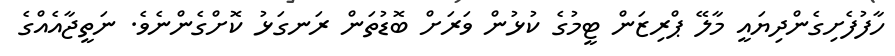
ހާފުފެށިގެންދިޔައީ މާލޭ ޕްރިޒަން ޓީމުގެ ކުޅުން ވަރަށް ބޮޑުތަން ރަނގަޅު ކޮށްގެންނެވެ. ނަތީޖާއެއްގެ